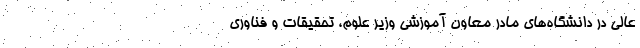
عالی در دانشگاه‌های مادر معاون آموزشی وزیر علوم، تحقیقات و فناوری